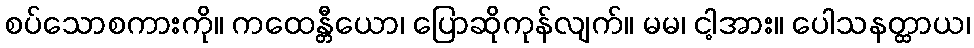
စပ်သောစကားကို။ ကထေန္တီယော၊ ပြောဆိုကုန်လျက်။ မမ၊ ငါ့အား။ ပေါသနတ္ထာယ၊